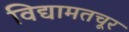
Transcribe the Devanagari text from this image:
विद्यामतचूर